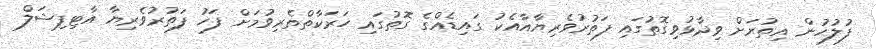
ފުލުހުން އިތުރަށް ވިދާޅުވިގޮތުގައި ފަތުރުވެރިޔާއާއެކު ގައިޑެއްގެ ގޮތުގައި ހަރަކާތްތެރިވުމަށް ފަހު ފަތުރުވެރިޔާ އާޓިފިޝަލް